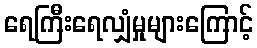
ရေကြီးရေလျှံမှုများကြောင့်